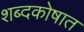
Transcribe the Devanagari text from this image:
शब्दकोषात